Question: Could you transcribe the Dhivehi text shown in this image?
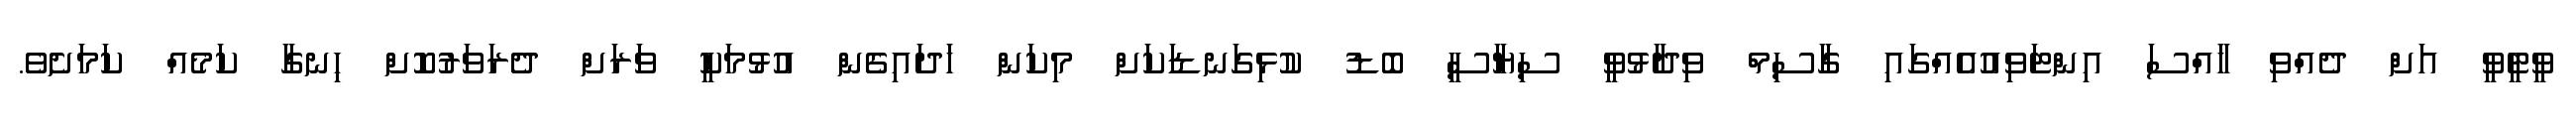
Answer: ވީޓީވީ އަށް ދެއްވި ހާއްސަ އިންޓަވިއުއެއްގައި ގާސިމް ވިދާޅުވީ ސިޔާސީ ބޮޑު ކުޅިގަނޑަކަށް މިކަން ހަދައިގެން އުޅުމަކީ ވަރަށް ދެރަވަރުކޮށް ހިނގާ ކަމެއް ކަމަށެވެ.